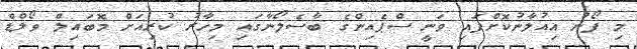
މި ފޯނު އިއުލާނުކޮށްފައި ވަނީ ސްޕެއިންގެ ބާސެލޯނާގައި މިހާރު ކުރިއަށް މޮބައިލް ވޯލްޑް